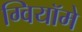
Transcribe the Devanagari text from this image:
ग्वियॉमे